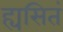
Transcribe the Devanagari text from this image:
ह्यसितं